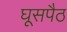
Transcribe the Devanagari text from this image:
घूसपैठ